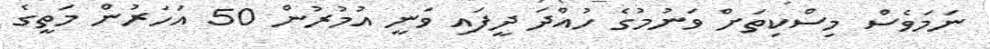
ނަމަވެސް މިސްކިތަށް ވަނުމުގެ ހުއްދަ ދީފައި ވަނީ އުމުރުން 50 އަހަރުން މަތީގެ